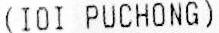
(IOI PUCHONG)